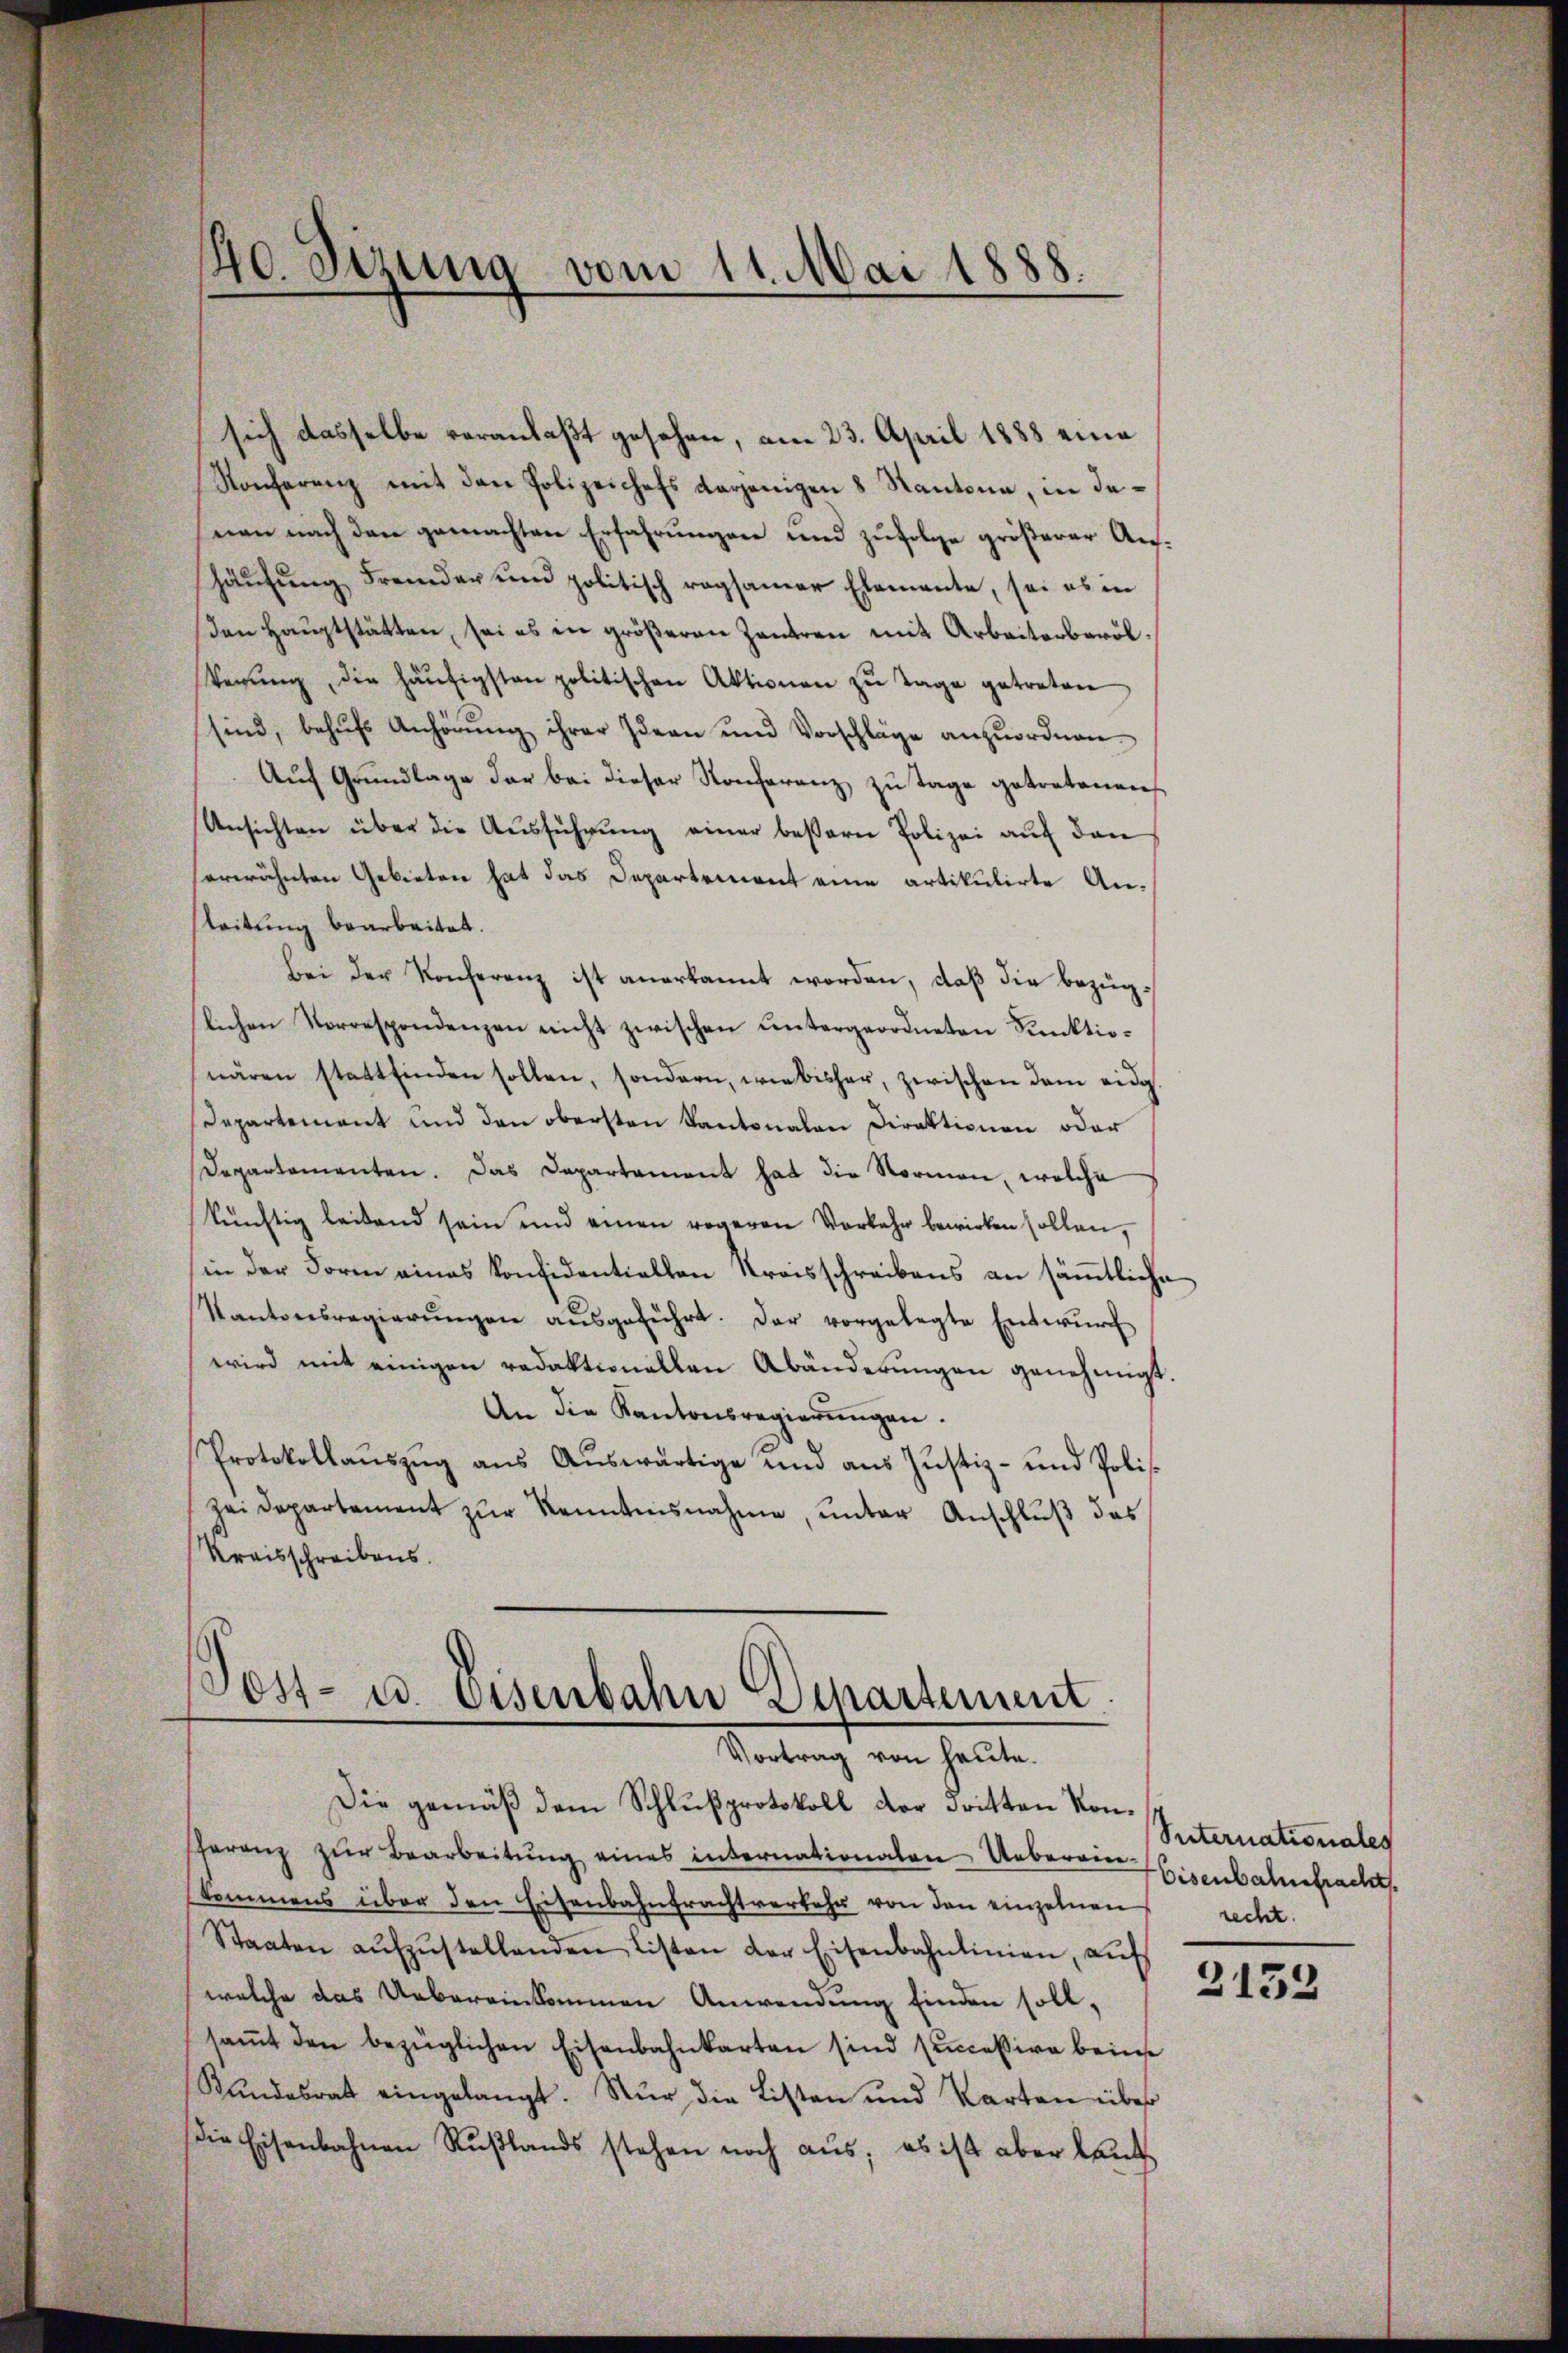
10. Sizung vom 11. Mai 1888.

sich dasselbe veranlaßt gesehen, am 23. April 1888 eine
Konferenz mit den Polizeichefs derjenigen 8 Kantone, in denen nach den gemachten Erfahrungen und zufolge größerer Aushäufung Fremder und politisch regsamer Elemente, sei es in
den Hauptstätten, sei es in größeren Zentreu mit Arbeiterbaröl¬
Verŭng, die häufigsten politischen Aktionen zŭ Tage getreten
sind, behŭfs Anhörŭng ihrer Ideen und Vorschläge anzŭordnen.
Aŭf Grŭndlage der bei dieser Konferenz zu Tage getretenen
Unsichten über die Ausführung einer bessern Polizei auf den
erwähnten Gebieten hat das Departement eine artikulirte Ansleitung bearbeitet.
Bei der Konferenz ist anerkannt worden, daß die bezüglichen Vorrespondenzen nicht zwischen ŭntergeordneten Funktionären stattfinden sollen, sondern, wie bisher, zwischen dem eidg
Departement und den obersten Kantonalen Direktionen oder
Departementen. Das Departament hat die Normen, welche
künftig leibend sein und einen rogeren Vorkehr bewirken sollen,
(in der Form eines konfidentiellen Kreisschreibens an sämmtliche
Kantonsregierŭngen aŭsgeführt. Der vorgelegte Entwŭrf
wird mit einigen redaktionellen Abänderŭngen genehmigt.
An die Kantonsregierungen.
Protokollaŭszŭg aŭs Aŭswärtige und ans Justiz- und Poli-
Zeidepartement zŭr Kenntnisnahme, unter Anschluß des
Kreisschreibens.

.
Post- u. Eisenbahn Departement
Vortrag von heute.

Die gemäß dem Schlußprotokoll der Fritten Konheranz zŭr Bearbeitŭng eines internationalen Ueberein Eisenbahnsfracht
kommens über den Eisenbahntrachtverkehr von den einzelnen recht.
Staaten aŭfzŭstellenden Listen der Eisenbahnlinien, aŭf
welche das Uebereinkommen Anwendung finden soll,
saṁt den bezüglichen Eisenbahnkarten sind successive beim
Rŭndesrat eingelangt. Nur die Listen und Karten über
Die Eisenbahnen Rŭβlands stehen noch aŭs, es ist aber lang

Suternationales

2132